Report of veterinary surgeon J.H. Steel, A.V.D., on his investigation into an obscure and fatal disease among transport mules in British Burma
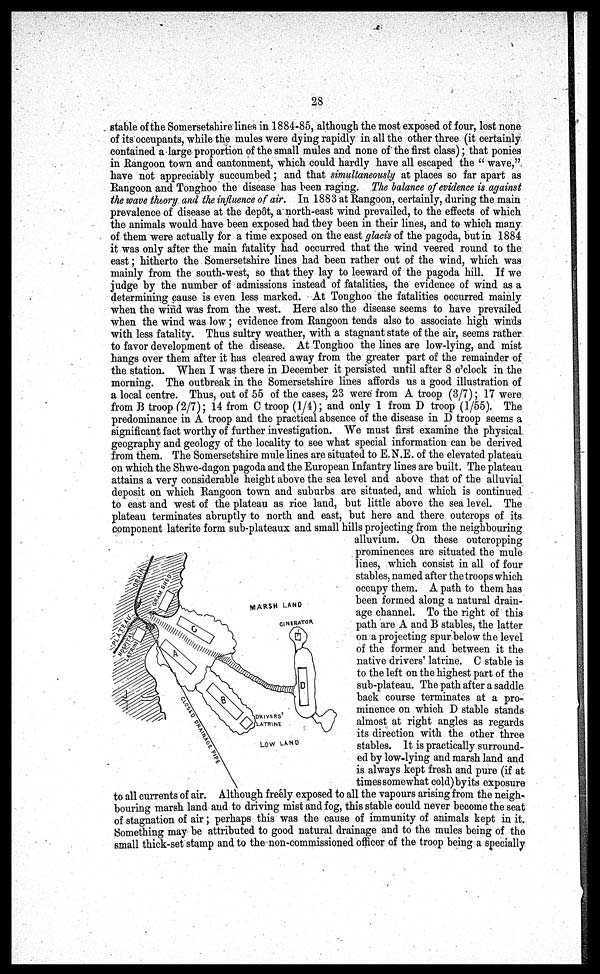
28
stable of the Somersetshire lines in 1884-85, although the most exposed of four, lost none
of its occupants, while the mules were dying rapidly in all the other three (it oertainly
contained a large proportion of the small mules and none of the first class); that ponies
in Rangoon town and cantonment, which could hardly have all escaped the " wave,"
have not appreciably succumbed; and that simultaneously at places so far apart as
Rangoon and Tongnoo the disease has been raging. The balance of evidence is against
the wave theory and the influence of air. In 1883 at Rangoon, certainly, during the main
prevalence of disease at the depôt, a north-east wind prevailed, to the effects of which
the animals would have been exposed had they been in their lines, and to which many
of them were actually for a time exposed on the east glacis of the pagoda, but in 1884
it was only after the main fatality had occurred that the wind veered round to the
east; hitherto the Somersetshire lines had been rather out of the wind, which was
mainly from the south-west, so that they lay to leeward of the pagoda hill. If we
judge by the number of admissions instead of fatalities, the evidence of wind as a
determining cause is even less marked. At Tonghoo the fatalities occurred mainly
when the wind was from the west. Here also the disease seems to have prevailed
when the wind was low; evidence from Rangoon tends also to associate high winds
with less fatality. Thus sultry weather, with a stagnant state of the air, seems rather
to favor development of the disease. At Tonghoo the lines are low-lying, and mist
hangs over them after it has cleared away from the greater part of the remainder of
the station. When I was there in December it persisted until after 8 o'clock in the
morning. The outbreak in the Somersetshire lines affords us a good illustration of
a local centre. Thus, out of 55 of the cases, 23 were from A troop (3/7); 17 were
from B troop (2/7); 14 from C troop (1/4); and only 1 from D troop (1/55). The
predominance in A troop and the practical absence of the disease in D troop seems a
significant fact worthy of further investigation. "We must first examine the physical
geography and geology of the locality to see what special information can be derived
from them. The Somersetshire mule lines are situated to E.N.E. of the elevated plateau
on which the Shwe-dagon pagoda and the European Infantry lines are built. The plateau
attains a very considerable height above the sea level and above that of the alluvial
deposit on which Rangoon town and suburbs are situated, and which is continued
to east and west of the plateau as rice land, but little above the sea level. The
plateau terminates abruptly to north and east, but here and there outcrops of its
component laterite form sub-plateaux and small hills projecting from the neighbouring
alluvium. On these outcropping
prominences are situated the mule
lines, which consist in all of four
stables, named after the troops which
occupy them. A path to them has
been formed along a natural drain-
age channel. To the right of this
path are A and B stables, the latter
on a projecting spur below the level
of the former and between it the
native drivers latrine. C stable is
to the left on the highest part of the
sub-plateau. The path after a saddle
back course terminates at a pro-
minence on which D stable stands
almost at right angles as regards
its direction with the other three
stables. It is practically surround-
ed by low-lying and marsh land and
is always kept fresh and pure (if at
times somewhat cold)by its exposure
to all currents of air. Although freely exposed to all the vapours arising from the neigh-
bouring marsh land and to driving mist and fog, this stable could never become the seat
of stagnation of air ; perhaps this was the cause of immunity of animals kept in it.
Something may be attributed to good natural drainage and to the mules being of the
small thick-set stamp and to the non-commissioned officer of the troop being a specially